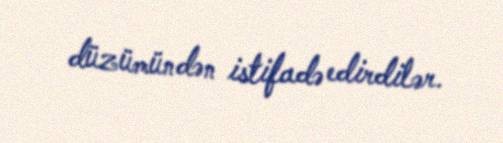
düzümündən istifadə edirdilər.